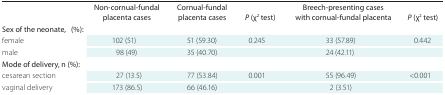
<table><thead><tr><td></td><td><b>Non-cornual-fundal placenta cases</b></td><td><b>Cornual-fundal placenta cases</b></td><td><b><i>P</i> (χ<sup>2</sup> test)</b></td><td><b>Breech-presenting cases with cornual-fundal placenta</b></td><td><b><i>P</i> (χ<sup>2</sup> test)</b></td></tr></thead><tbody><tr><td>Sex of the neonate, n (%):</td><td></td><td></td><td></td><td></td><td></td></tr><tr><td>female</td><td>102 (51)</td><td>51 (59.30)</td><td>0.245</td><td>33 (57.89)</td><td>0.442</td></tr><tr><td>male</td><td>98 (49)</td><td>35 (40.70)</td><td></td><td>24 (42.11)</td><td></td></tr><tr><td>Mode of delivery, n (%):</td><td></td><td></td><td></td><td></td><td></td></tr><tr><td>cesarean section</td><td>27 (13.5)</td><td>77 (53.84)</td><td>0.001</td><td>55 (96.49)</td><td>&lt;0.001</td></tr><tr><td>vaginal delivery</td><td>173 (86.5)</td><td>66 (46.16)</td><td></td><td>2 (3.51)</td><td></td></tr></tbody></table>